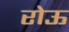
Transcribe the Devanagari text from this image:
रोऊ